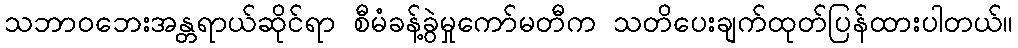
သဘာဝဘေးအန္တရာယ်ဆိုင်ရာ စီမံခန့်ခွဲမှုကော်မတီက သတိပေးချက်ထုတ်ပြန်ထားပါတယ်။